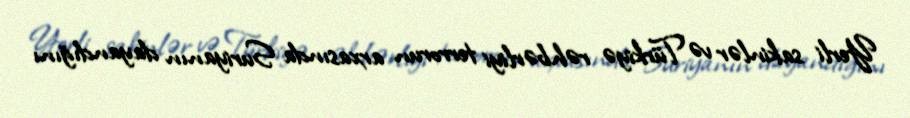
Yerli sakinlər və Türkiyə rəhbərliyi terrorun arxasında Suriyanın dayandığını